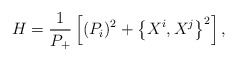
\begin{align*}H= \frac{1}{P_+}\left[ (P_i)^2+ \left\{X^i,X^j\right\}^2 \right],\end{align*}